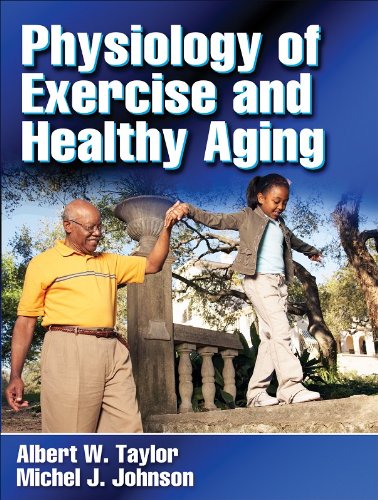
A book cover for Physiology of Exercise and Healthy Aging; Albert W. Taylor; Medical Books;